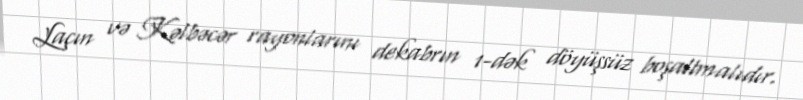
Laçın və Kəlbəcər rayonlarını dekabrın 1-dək döyüşsüz boşaltmalıdır.